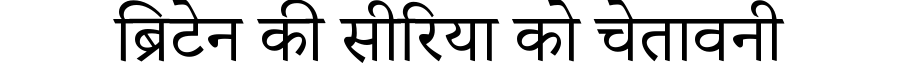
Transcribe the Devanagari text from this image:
ब्रिटेन की सीरिया को चेतावनी